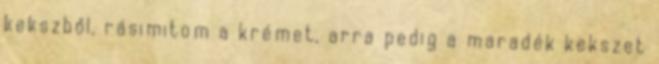
kekszből, rásimitom a krémet, arra pedig a maradék kekszet